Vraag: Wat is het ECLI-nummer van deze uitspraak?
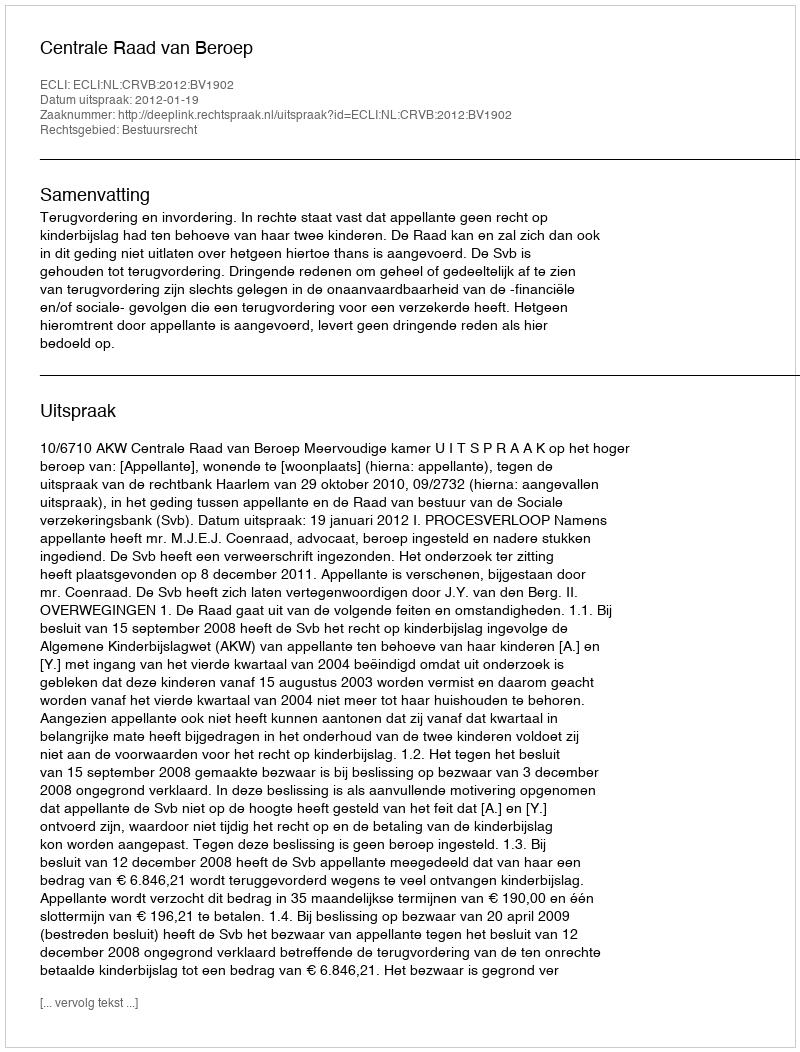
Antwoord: ECLI:NL:CRVB:2012:BV1902